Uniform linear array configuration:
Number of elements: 24
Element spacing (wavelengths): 0.5
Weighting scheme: cosine
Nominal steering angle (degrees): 30
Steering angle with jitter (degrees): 31.261
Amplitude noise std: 0.05
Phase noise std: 0.05

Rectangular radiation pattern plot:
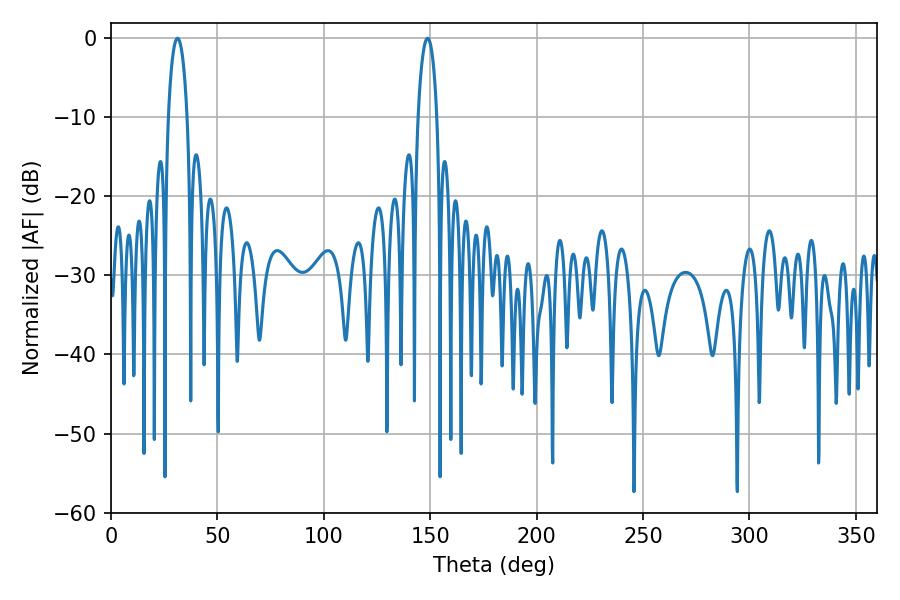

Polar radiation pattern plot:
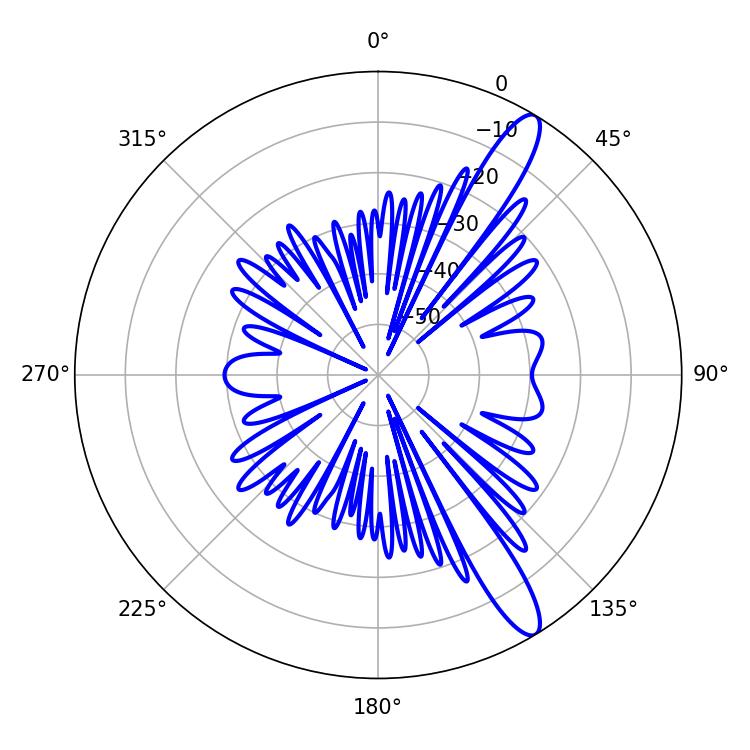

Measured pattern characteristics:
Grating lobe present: FALSE
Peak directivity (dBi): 12.938
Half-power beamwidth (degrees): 5.04
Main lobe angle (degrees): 148.68